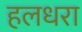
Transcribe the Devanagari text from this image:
हलधरा